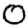
Digit: 0